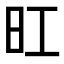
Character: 𪰆